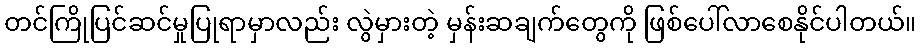
တင်ကြိုပြင်ဆင်မှုပြုရာမှာလည်း လွဲမှားတဲ့ မှန်းဆချက်တွေကို ဖြစ်ပေါ်လာစေနိုင်ပါတယ်။